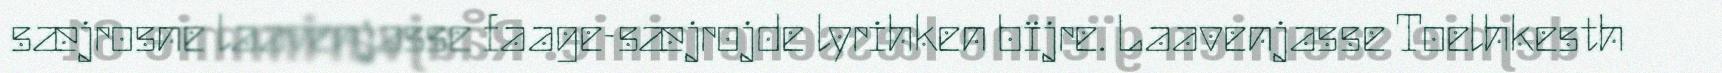
sæjrosne laavenjasse faage-sæjrojde lyrihken bïjre. Laavenjasse Toelhkesth